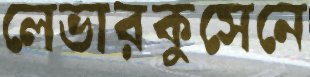
লেভারকুসেনে